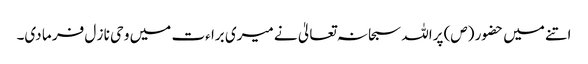
اتنے میں حضور (ص) پراللہ سبحا نہ تعالیٰ نے میری برا ءت میں و حی نا ز ل فر ما دی۔